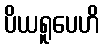
ပိယရူပေဟိ